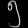
Digit: ၅